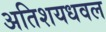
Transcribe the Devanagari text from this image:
अतिशयधवल